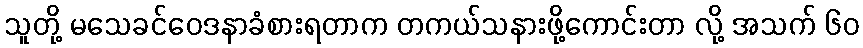
သူတို့ မသေခင်ဝေဒနာခံစားရတာက တကယ်သနားဖို့ကောင်းတာ လို့ အသက် ၆၀